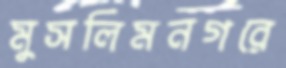
মুসলিমনগরে